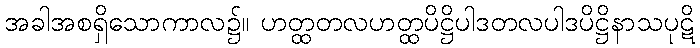
အခါအစရှိသောကာလ၌။ ဟတ္ထတလဟတ္ထပိဋ္ဌိပါဒတလပါဒပိဋ္ဌိနာသပုဋိ